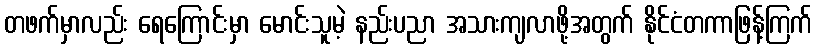
တဖက်မှာလည်း ရေကြောင်းမှာ မောင်းသူမဲ့ နည်းပညာ အသားကျလာဖို့အတွက် နိုင်ငံတကာဖြန့်ကြက်